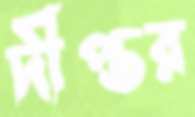
দীপ্তর